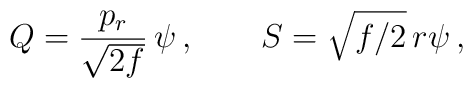
Q = {p_r\over\sqrt{2f}}\,\psi\,, \qquad S= \sqrt{f/ 2}\, r\psi\,,